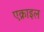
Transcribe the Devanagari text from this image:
एक्राइल